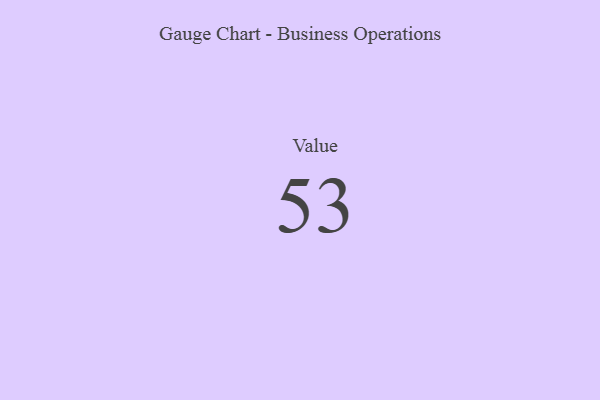
{"axis": {"x": "Metric", "y": "Value"}, "legend": [""], "data": [{"x": "Value", "y": 53, "type": ""}]}